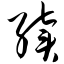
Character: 续